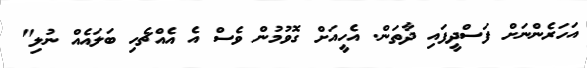
އަހަރެންނަށް ފަސްދީފައި ދާތަން. އެހީއަށް ގޮވުމުން ވެސް އެ އެއްޗެހި ބަލައެއް ނުލި"